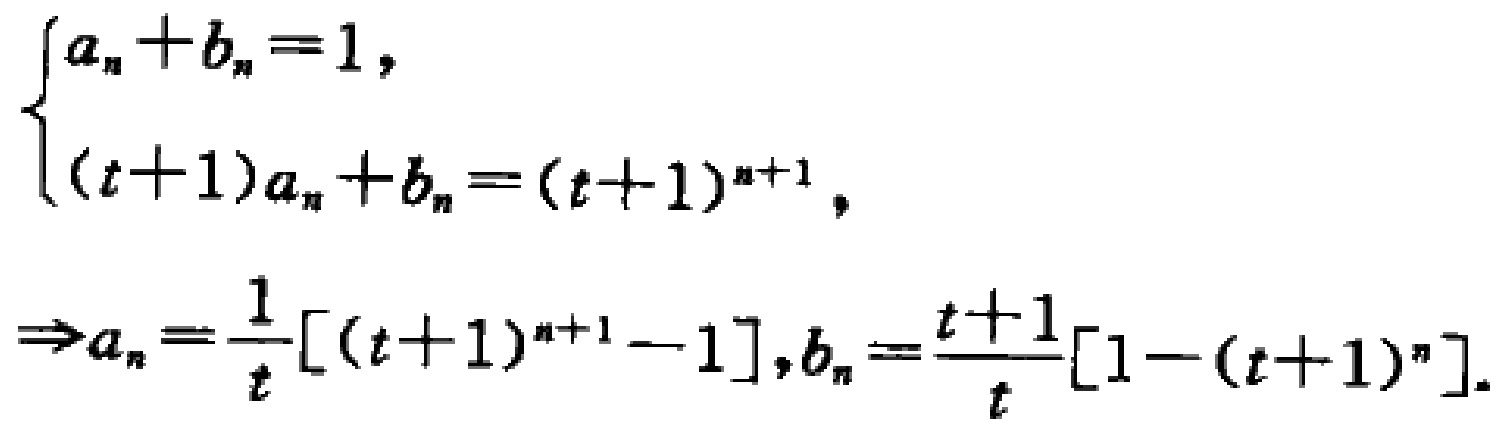
\[
\begin{cases}
a_{n}+b_{n}=1, \\
(t + 1)a_{n}+b_{n}=(t + 1)^{n+1},
\end{cases}
\Rightarrow a_{n}=\frac{1}{t}[(t + 1)^{n+1}-1],b_{n}=\frac{t + 1}{t}[1-(t + 1)^{n}].
\]